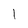
Character: l